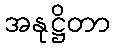
အနုဋ္ဌိတာ